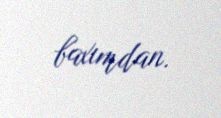
baxımdan.